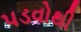
પડવોથી